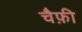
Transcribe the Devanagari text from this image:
चैफ़ी